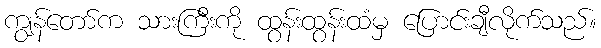
ကျွန်တော်က သားကြီးကို ထွန်းထွန်းထံမှ ပြောင်းချီလိုက်သည်။